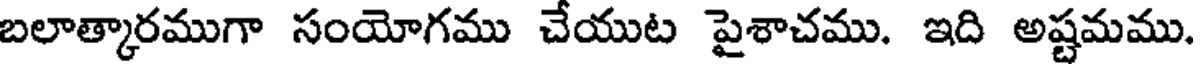
బలాత్కారముగా సంయోగము చేయుట పైశాచము. ఇది అష్టమము.